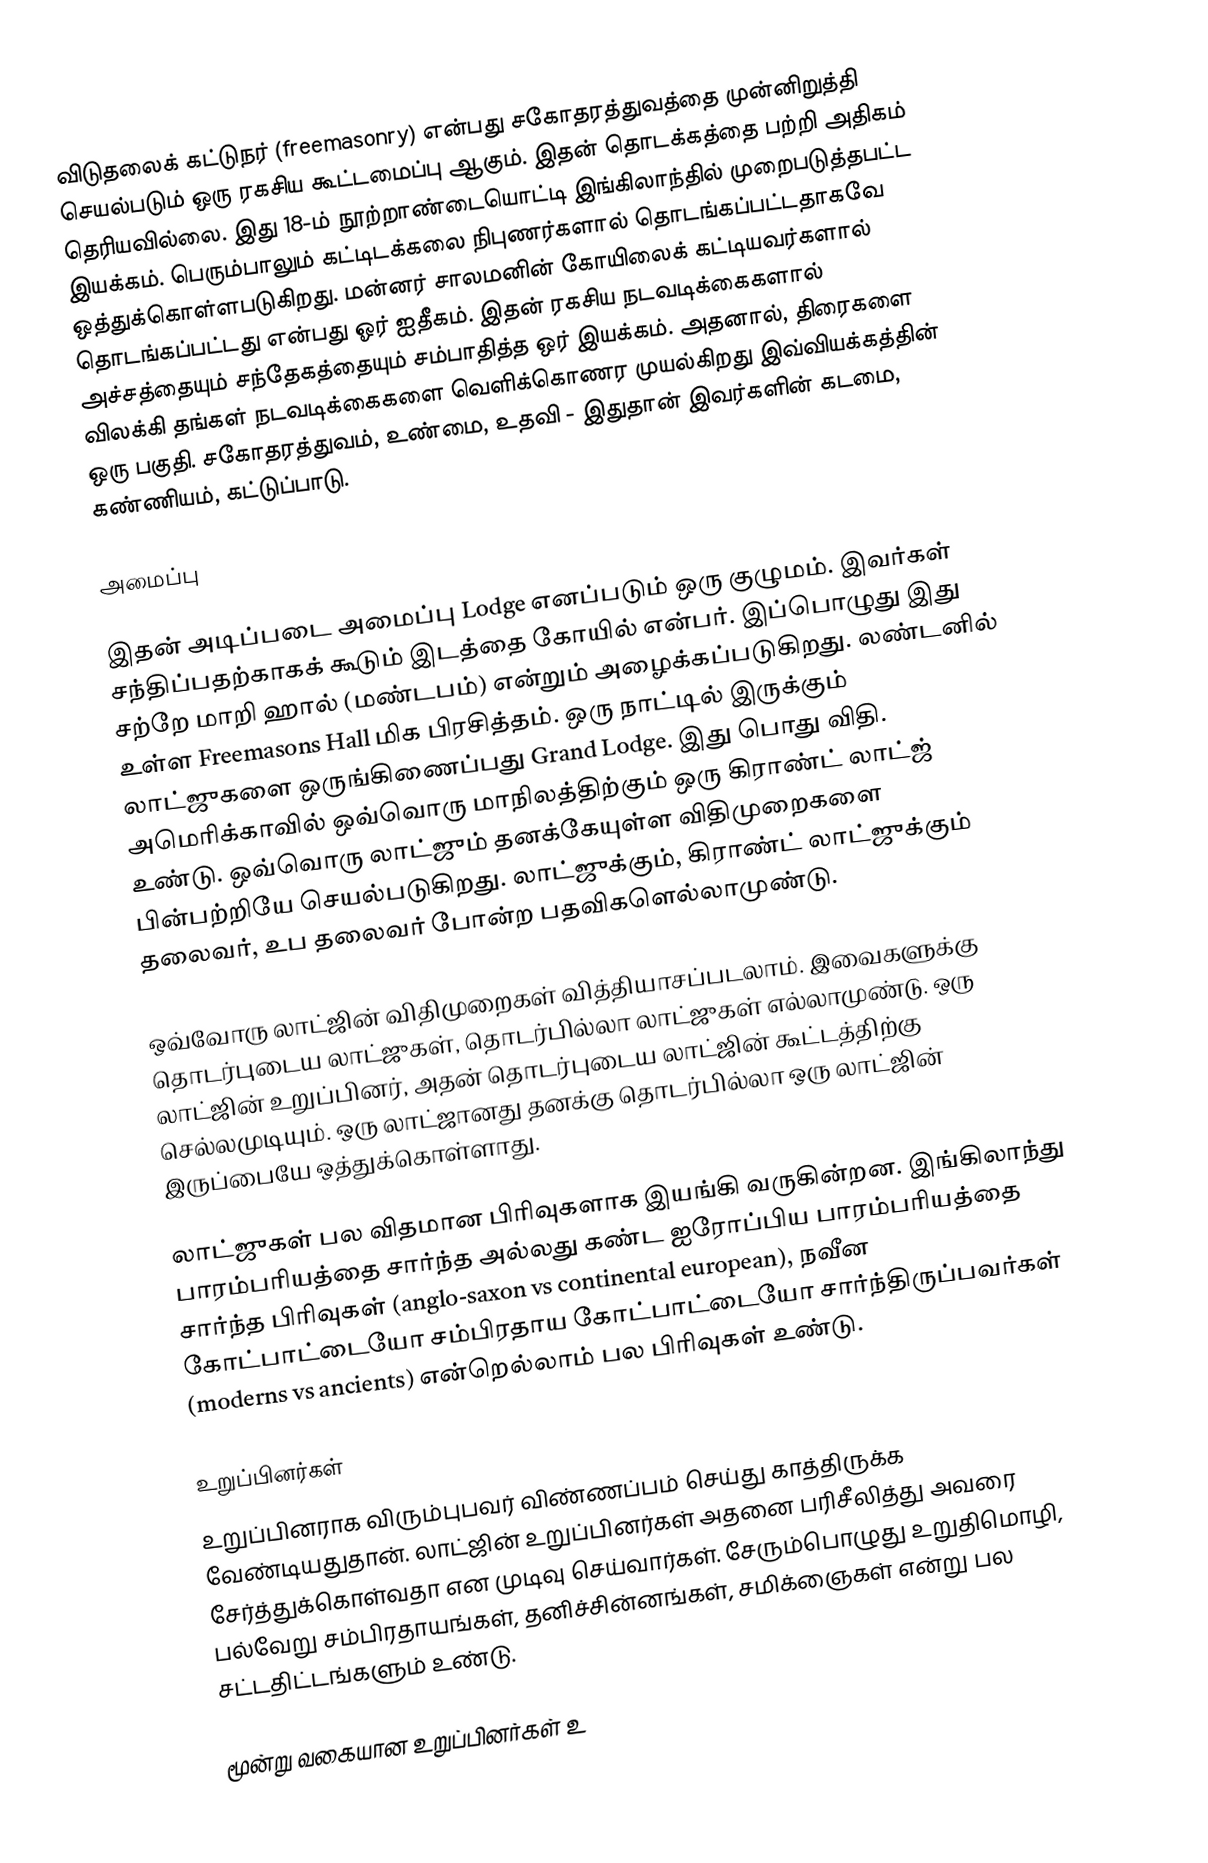
விடுதலைக் கட்டுநர் (freemasonry) என்பது சகோதரத்துவத்தை முன்னிறுத்தி செயல்படும் ஒரு ரகசிய கூட்டமைப்பு ஆகும். இதன் தொடக்கத்தை பற்றி அதிகம் தெரியவில்லை. இது 18-ம் நூற்றாண்டையொட்டி இங்கிலாந்தில் முறைபடுத்தபட்ட இயக்கம். பெரும்பாலும் கட்டிடக்கலை நிபுணர்களால் தொடங்கப்பட்டதாகவே ஒத்துக்கொள்ளபடுகிறது. மன்னர் சாலமனின் கோயிலைக் கட்டியவர்களால் தொடங்கப்பட்டது என்பது ஓர் ஐதீகம். இதன் ரகசிய நடவடிக்கைகளால் அச்சத்தையும் சந்தேகத்தையும் சம்பாதித்த ஒர் இயக்கம். அதனால், திரைகளை விலக்கி தங்கள் நடவடிக்கைகளை வெளிக்கொணர முயல்கிறது இவ்வியக்கத்தின் ஒரு பகுதி. சகோதரத்துவம், உண்மை, உதவி - இதுதான் இவர்களின் கடமை, கண்ணியம், கட்டுப்பாடு.

அமைப்பு

இதன் அடிப்படை அமைப்பு Lodge எனப்படும் ஒரு குழுமம். இவர்கள் சந்திப்பதற்காகக் கூடும் இடத்தை கோயில் என்பர். இப்பொழுது இது சற்றே மாறி ஹால் (மண்டபம்) என்றும் அழைக்கப்படுகிறது. லண்டனில் உள்ள Freemasons Hall மிக பிரசித்தம். ஒரு நாட்டில் இருக்கும் லாட்ஜுகளை ஒருங்கிணைப்பது Grand Lodge. இது பொது விதி. அமெரிக்காவில் ஒவ்வொரு மாநிலத்திற்கும் ஒரு கிராண்ட் லாட்ஜ் உண்டு. ஒவ்வொரு லாட்ஜும் தனக்கேயுள்ள விதிமுறைகளை பின்பற்றியே செயல்படுகிறது. லாட்ஜுக்கும், கிராண்ட் லாட்ஜுக்கும் தலைவர், உப தலைவர் போன்ற பதவிகளெல்லாமுண்டு.

ஒவ்வோரு லாட்ஜின் விதிமுறைகள் வித்தியாசப்படலாம். இவைகளுக்கு தொடர்புடைய லாட்ஜுகள், தொடர்பில்லா லாட்ஜுகள் எல்லாமுண்டு. ஒரு லாட்ஜின் உறுப்பினர், அதன் தொடர்புடைய லாட்ஜின் கூட்டத்திற்கு செல்லமுடியும். ஒரு லாட்ஜானது தனக்கு தொடர்பில்லா ஒரு லாட்ஜின் இருப்பையே ஒத்துக்கொள்ளாது.

லாட்ஜுகள் பல விதமான பிரிவுகளாக இயங்கி வருகின்றன. இங்கிலாந்து பாரம்பரியத்தை சார்ந்த அல்லது கண்ட ஐரோப்பிய பாரம்பரியத்தை சார்ந்த பிரிவுகள் (anglo-saxon vs continental european), நவீன கோட்பாட்டையோ சம்பிரதாய கோட்பாட்டையோ சார்ந்திருப்பவர்கள் (moderns vs ancients) என்றெல்லாம் பல பிரிவுகள் உண்டு.

உறுப்பினர்கள்
உறுப்பினராக விரும்புபவர் விண்ணப்பம் செய்து காத்திருக்க வேண்டியதுதான். லாட்ஜின் உறுப்பினர்கள் அதனை பரிசீலித்து அவரை சேர்த்துக்கொள்வதா என முடிவு செய்வார்கள். சேரும்பொழுது உறுதிமொழி, பல்வேறு சம்பிரதாயங்கள், தனிச்சின்னங்கள், சமிக்ஞைகள் என்று பல சட்டதிட்டங்களும் உண்டு.

மூன்று வகையான உறுப்பினர்கள் உ